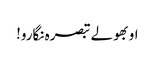
او بھولے تبصرہ نگارو!